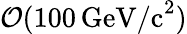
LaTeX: \mathcal{O}(100\, \mathrm{GeV/c}^{2})